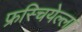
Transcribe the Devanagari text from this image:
फ्रस्चियेल्ला